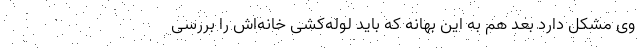
وی مشکل دارد بعد هم به این بهانه که باید لوله‌کشی خانه‌اش را بررسی